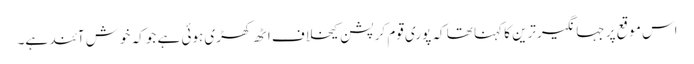
اس موقع پر جہانگیرترین کا کہنا تھا کہ پوری قوم کرپشن کیخلاف اٹھ کھڑی ہوئی ہے جو کہ خوش آئند ہے۔